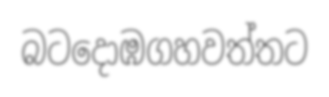
බටදොඹගහවත්තට